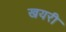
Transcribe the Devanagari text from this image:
खयरी